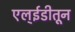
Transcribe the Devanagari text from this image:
एल्ईडीतून